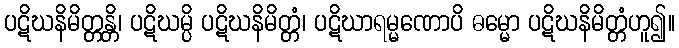
ပဋိဃနိမိတ္တန္တိ၊ ပဋိဃမ္ပိ ပဋိဃနိမိတ္တံ၊ ပဋိဃာရမ္မဏောပိ ဓမ္မော ပဋိဃနိမိတ္တံဟူ၍။